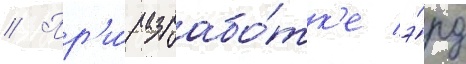
// Пр'и́ разрабо́тк'е э́рд